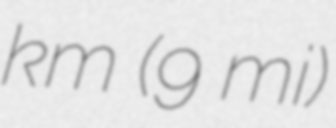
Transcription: km (9 mi)